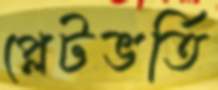
প্লেটভর্তি